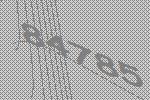
84785